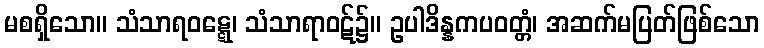
မစရှိသော။ သံသာရဝဋ္ဋေ၊ သံသာရာဝဋ်၌။ ဥပါဒိန္နကပဝတ္တံ၊ အဆက်မပြတ်ဖြစ်သော